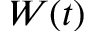
W ( t )